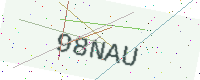
Text: 98NAU